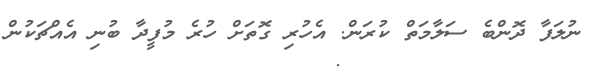
ނުލަފާ ދޮންބެ ސަލާމަތް ކުރަން. އެހުރި ގޮތަށް ހުރެ މުފީދާ ބުނި އެއްޗަކުން